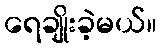
ရေချိုးခဲ့မယ်။